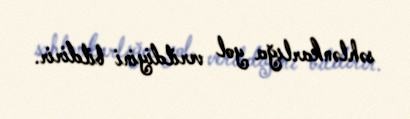
səhlənkarlığa yol verildiyini bildirir.